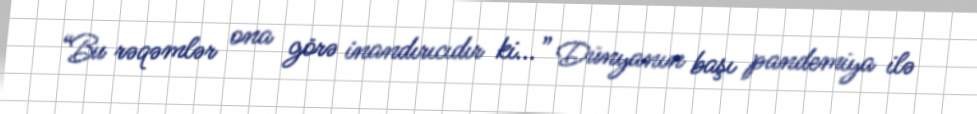
“Bu rəqəmlər ona görə inandırıcıdır ki...” Dünyanın başı pandemiya ilə